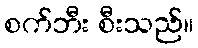
စက်ဘီး စီးသည်။